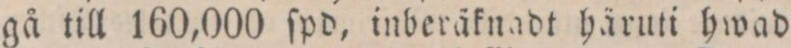
gå till 160,000 ſpd, inberäknadt häruti hwad